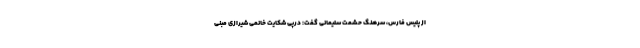
از پلیس فارس، سرهنگ حشمت سلیمانی گفت: درپی شکایت خانمی شیرازی مبنی